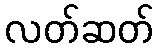
လတ်ဆတ်